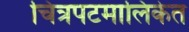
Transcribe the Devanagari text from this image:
चित्रपटमालिकेत